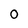
Character: O